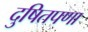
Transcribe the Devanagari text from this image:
दुषितपणा